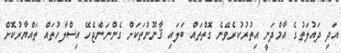
އަދި ދައުލަތުގެ އާމްދަނީ އިތުރުކުރެވޭނެ ގޮތްތައް ބަލައި ޤާނޫނުތަކަށް ގެންނަންޖެހޭ އިސްލާހުތައް ތައްޔާރުކޮށް